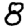
Digit: 8